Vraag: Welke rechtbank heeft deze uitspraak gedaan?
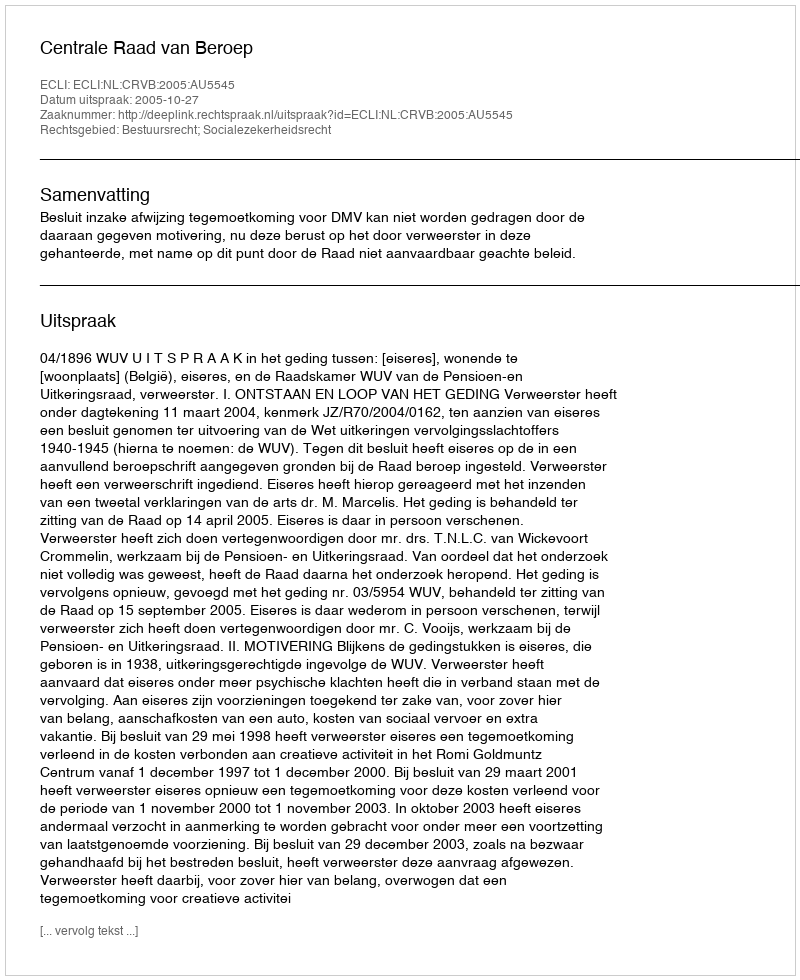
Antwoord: Centrale Raad van Beroep